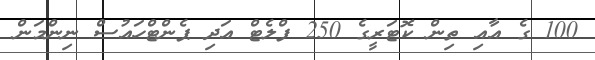
100 ގެ އާއި ތިން ކޮޓަރީގެ 250 ފްލެޓް އަދި ޕެންޓްހައުސް ނިންމަން